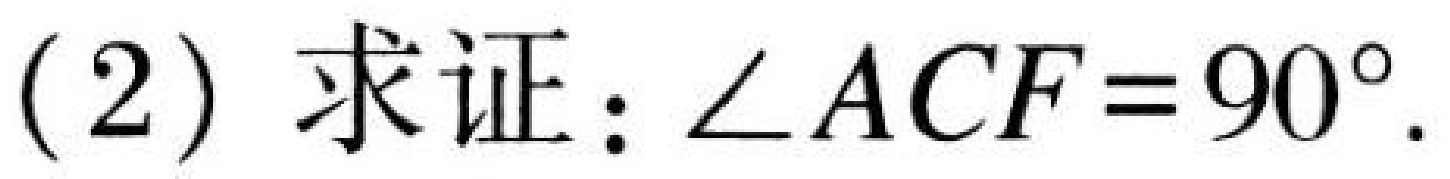
(2) 求证：\(\angle ACF = 90^{\circ}\).